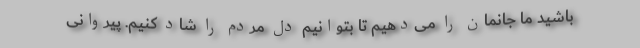
باشید ما جانمان را می‌دهیم تا بتوانیم دل مردم را شاد کنیم. پیروانی